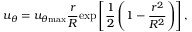
u _ { \theta } = u _ { \theta \mathrm { { m a x } } } { \frac { r } { R } } \mathrm { e x p } \left[ \frac { 1 } { 2 } \left( { 1 - \frac { r ^ { 2 } } { R ^ { 2 } } } \right) \right] ,